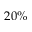
2 0 \%